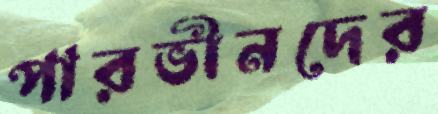
পারভীনদের